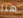
هنا